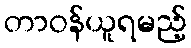
တာဝန်ယူရမည့်